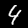
Digit: 4